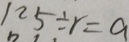
1 2 5 \div r = a